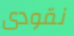
نقودى